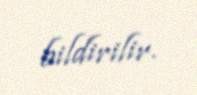
bildirilir.